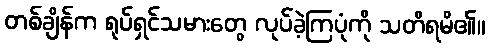
တစ်ချိန်က ရုပ်ရှင်သမားတွေ လုပ်ခဲ့ကြပုံကို သတိရမိ၏။